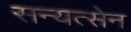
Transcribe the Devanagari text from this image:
सन्यत्सेन